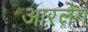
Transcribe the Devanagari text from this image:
आरलेंग